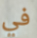
في